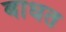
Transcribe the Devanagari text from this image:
बाधत